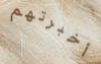
أخبرتهم